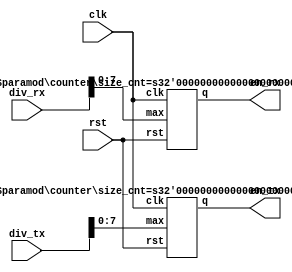
// This program was cloned from: https://github.com/SilenceX12138/MIPS-Microsystems
// License: MIT License

//--------------------------------------------------------------------------------------------------
//
// Title       : utils
// Design      : my_uart
// Company     : 0
//
//-------------------------------------------------------------------------------------------------
//
// Generated   : Tue Aug 20 14:49:40 2002
// From        : interface description file
// By          : Itf2Vhdl ver. 1.20
//
//-------------------------------------------------------------------------------------------------
//
// Description : 
//
//-------------------------------------------------------------------------------------------------
// Min baud = clk / (2^8 * 16)
module divisor ( div_rx, div_tx, en_rx, en_tx, clk, rst ) ;
    parameter   size_cnt_rx = 8 ;
    parameter   size_cnt_tx = 8 ;
    input   [15:0]                  div_rx ;
    input   [15:0]                  div_tx ;
    output                          en_rx ;     // RX
    output                          en_tx ;     // TX
    input                           clk ;       // UART clock
    input                           rst ;       // reset
    
    //  RX
    counter     U_CNT_RX( div_rx[size_cnt_rx-1:0], en_rx, clk, rst ) ;
                defparam U_CNT_RX.size_cnt = size_cnt_rx ;
    //  TX
    counter     U_CNT_TX( div_tx[size_cnt_tx-1:0], en_tx, clk, rst ) ;
                defparam U_CNT_TX.size_cnt = size_cnt_tx ;
endmodule

// counter
module  counter( max, q, clk, rst ) ;
    parameter   size_cnt = 8 ;
    input   [size_cnt-1:0]          max ;
    output                          q ;
    input                           clk ;
    input                           rst ;
    reg                             q ;

    reg     [size_cnt-1:0]          cnt ;
    
    //  counter ( down )
    always  @( posedge clk or posedge rst )
        if ( rst )
            cnt <= 0 ;
        else
            if ( cnt == 0 )
                cnt <= max ;                        // load again
            else
                cnt <= cnt - 1 ;

    //  q be set when counter downto 0
    always  @( posedge clk )
        if ( cnt == 1 )
            q <= 'b1 ;
        else
            q <= 'b0 ;
endmodule